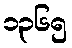
၁၃၆၅